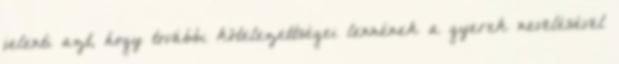
jelenti azt, hogy további kötelezettségei lennének a gyerek nevelésével